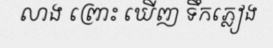
លាង ព្រោះ ឃើញ ទឹកភ្លៀង